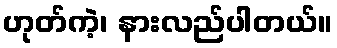
ဟုတ်ကဲ့၊ နားလည်ပါတယ်။